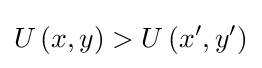
U\left(x,y\right)>U\left(x',y'\right)